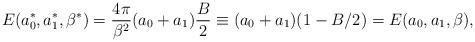
LaTeX: \begin{align*}E(a_0^*,a_1^*,\beta^*)=\frac{4\pi}{\beta^2}(a_0+a_1)\frac{B}{2}\equiv(a_0+a_1)(1-B/2)=E(a_0,a_1,\beta),\end{align*}